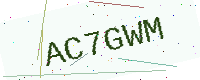
Text: AC7GWM